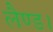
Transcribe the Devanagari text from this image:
लैण्ड।